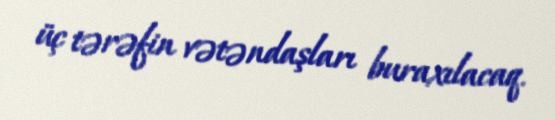
üç tərəfin vətəndaşları buraxılacaq.